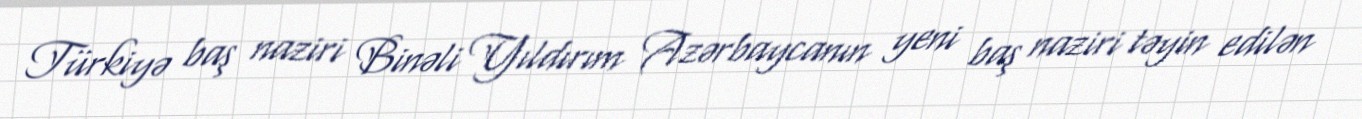
Türkiyə baş naziri Binəli Yıldırım Azərbaycanın yeni baş naziri təyin edilən